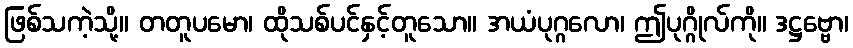
ဖြစ်သကဲ့သို့။ တတူပမော၊ ထိုသစ်ပင်နှင့်တူသော။ အယံပုဂ္ဂလော၊ ဤပုဂ္ဂိုလ်ကို။ ဒဋ္ဌဗ္ဗော၊